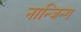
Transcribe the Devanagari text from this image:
नान्जिन्ग